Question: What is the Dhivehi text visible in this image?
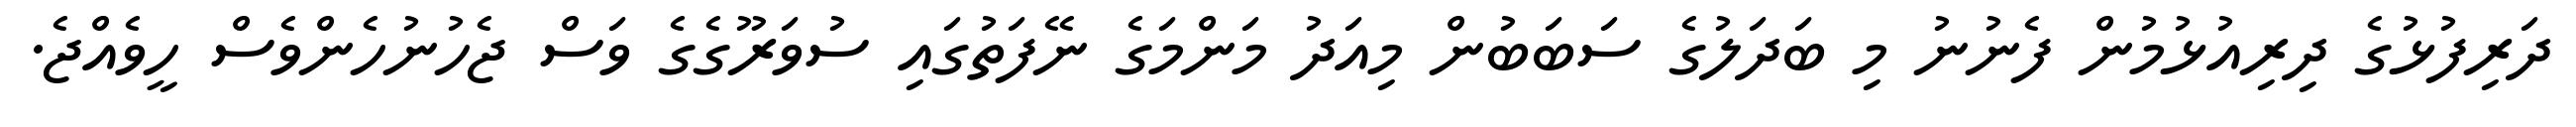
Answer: ދަރިފުޅުގެ ދިރިއުޅުމުން ފެނުނު މި ބަދަލުގެ ސަބަބުން މިއަދު މަންމަގެ ނޭފަތުގައި ސުވަރޫގެގެ ވަސް ޖެހުނުހެންވެސް ހީވެއްޖެ.